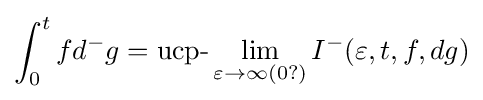
\int _{0}^{t}fd^{-}g={\text{ucp-}}\lim _{\varepsilon \rightarrow \infty (0?)}I^{-}(\varepsilon ,t,f,dg)